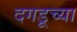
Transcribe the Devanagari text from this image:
दगडूच्या